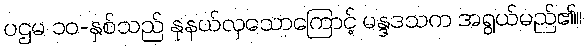
ပဌမ ၁၀-နှစ်သည် နုနယ်လှသောကြောင့် မန္ဒဒသက အရွယ်မည်၏။